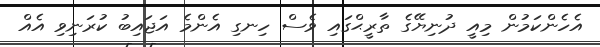
އެހެންކަމުން މިއީ ދުނިޔޭގެ ތާރީޙްގައި ވެސް ހިނގި އެންމެ އަޖައިބު ކުރަނިވި އެއް